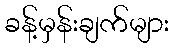
ခန့်မှန်းချက်များ